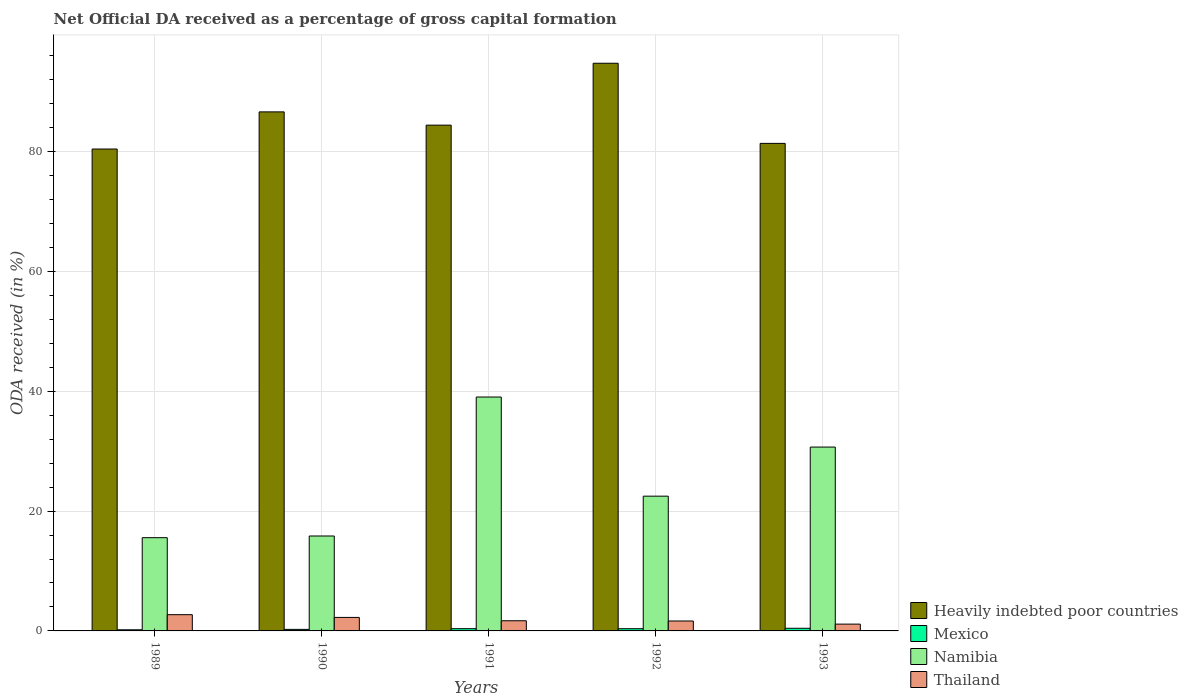
| Years | Heavily indebted poor countries | Mexico | Namibia | Thailand |
 | --- | --- | --- | --- | --- |
 | 1989 | 80.4 | 0.189 | 15.6 | 2.71 |
 | 1990 | 86.6 | 0.257 | 15.8 | 2.25 |
 | 1991 | 84.4 | 0.374 | 39 | 1.7 |
 | 1992 | 94.8 | 0.371 | 22.5 | 1.66 |
 | 1993 | 81.4 | 0.442 | 30.7 | 1.14 |